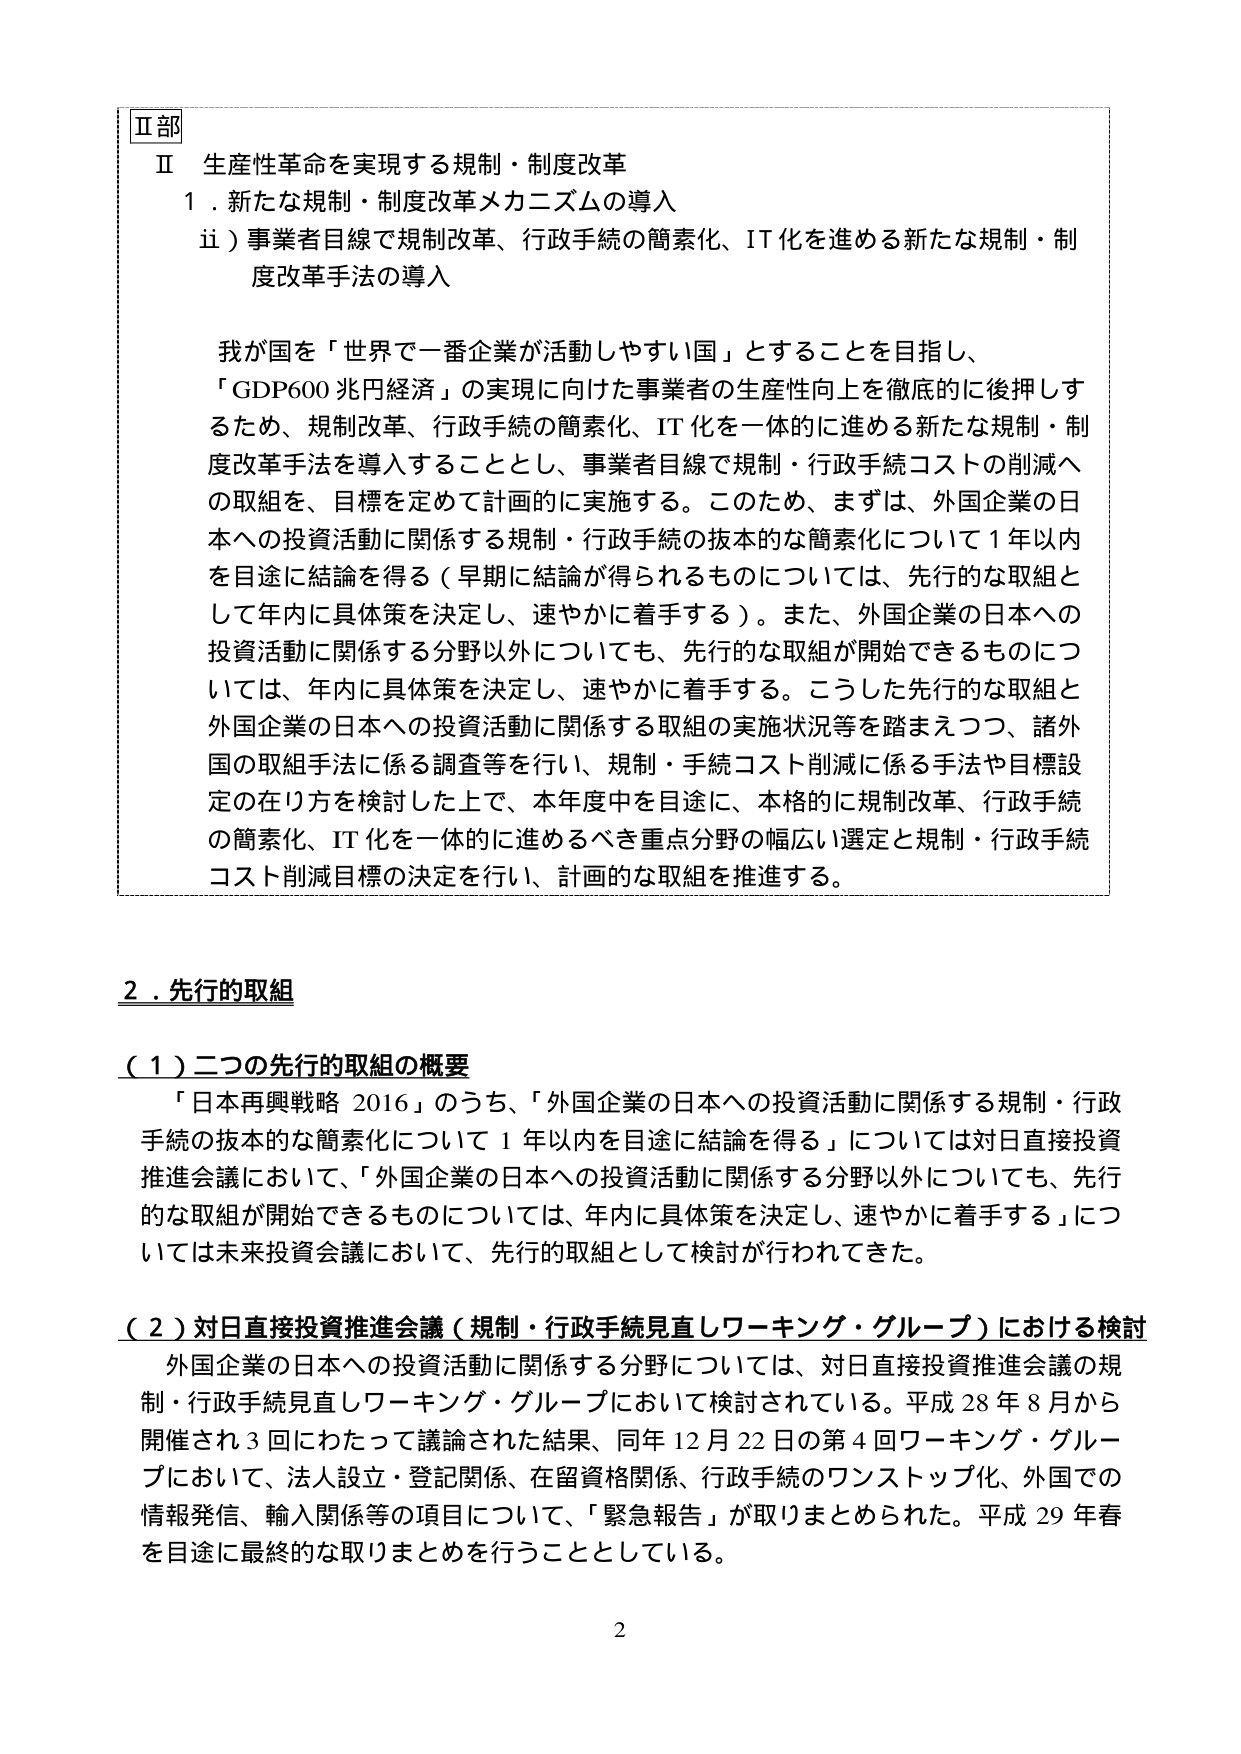
Ⅱ部
Ⅱ 生産性革命を実現する規制・制度改革
１．新たな規制・制度改革メカニズムの導入
　ⅱ）事業者目線で規制改革、行政手続の簡素化、IT化を進める新たな規制・制度改革手法の導入

我が国を「世界で一番企業が活動しやすい国」とすることを目指し、
「GDP600兆円経済」の実現に向けた事業者の生産性向上を徹底的に後押しするため、規制改革、行政手続の簡素化、IT化を一体的に進める新たな規制・制度改革手法を導入することとし、事業者目線で規制・行政手続コストの削減への取組を、目標を定めて計画的に実施する。このため、まずは、外国企業の日本への投資活動に関係する規制・行政手続の抜本的な簡素化について1年以内を目途に結論を得る（早期に結論が得られるものについては、先行的な取組として年内に具体策を決定し、速やかに着手する）。また、外国企業の日本への投資活動に関係する分野以外についても、先行的な取組が開始できるものについては、年内に具体策を決定し、速やかに着手する。こうした先行的な取組と外国企業の日本への投資活動に関係する取組の実施状況等を踏まえつつ、諸外国の取組手法に係る調査等を行い、規制・手続コスト削減に係る手法や目標設定の在り方を検討した上で、本年度中を目途に、本格的に規制改革、行政手続の簡素化、IT化を一体的に進めるべき重点分野の幅広い選定と規制・行政手続コスト削減目標の決定を行い、計画的な取組を推進する。

２．先行的取組

（１）二つの先行的取組の概要
「日本再興戦略2016」のうち、「外国企業の日本への投資活動に関係する規制・行政手続の抜本的な簡素化について1年以内を目途に結論を得る」については対日直接投資推進会議において、「外国企業の日本への投資活動に関係する分野以外についても、先行的な取組が開始できるものについては、年内に具体策を決定し、速やかに着手する」については未来投資会議において、先行的取組として検討が行われてきた。

（２）対日直接投資推進会議（規制・行政手続見直しワーキング・グループ）における検討
外国企業の日本への投資活動に関係する分野については、対日直接投資推進会議の規制・行政手続見直しワーキング・グループにおいて検討されている。平成28年8月から開催され3回にわたって議論された結果、同年12月22日の第4回ワーキング・グループにおいて、法人設立・登記関係、在留資格関係、行政手続のワンストップ化、外国での情報発信、輸入関係等の項目について、「緊急報告」が取りまとめられた。平成29年春を目途に最終的な取りまとめを行うこととしている。

2